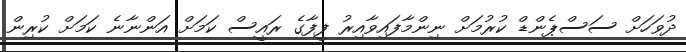
ދުވަހަށް ސަސްޕެންޑް ކުރުމަށް ނިންމާފައިވާއިރު ފީފާގެ ރައީސް ކަމަށް އަންނާނެ ކަމަށް ކުރިން